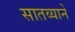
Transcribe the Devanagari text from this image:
सातव्याने